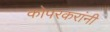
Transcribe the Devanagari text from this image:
कोपरकरांनी